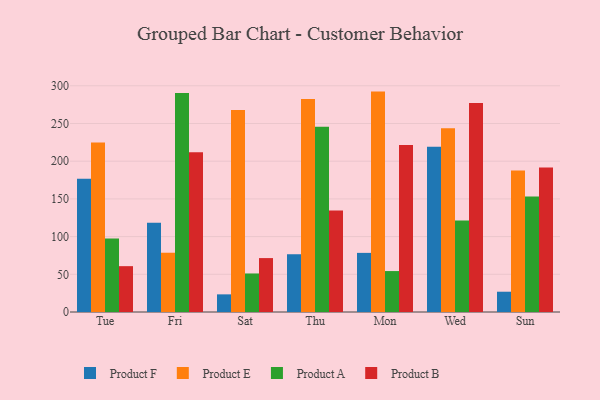
{"axis": {"x": "Day", "y": "Revenue (USD Million)"}, "legend": ["Product A", "Product B", "Product E", "Product F"], "data": [{"x": "Tue", "y": 176.6, "type": "Product F"}, {"x": "Tue", "y": 224.8, "type": "Product E"}, {"x": "Tue", "y": 97.6, "type": "Product A"}, {"x": "Tue", "y": 60.8, "type": "Product B"}, {"x": "Fri", "y": 118.4, "type": "Product F"}, {"x": "Fri", "y": 78.6, "type": "Product E"}, {"x": "Fri", "y": 290.5, "type": "Product A"}, {"x": "Fri", "y": 211.7, "type": "Product B"}, {"x": "Sat", "y": 23.4, "type": "Product F"}, {"x": "Sat", "y": 267.9, "type": "Product E"}, {"x": "Sat", "y": 51.1, "type": "Product A"}, {"x": "Sat", "y": 71.5, "type": "Product B"}, {"x": "Thu", "y": 76.6, "type": "Product F"}, {"x": "Thu", "y": 282.5, "type": "Product E"}, {"x": "Thu", "y": 245.6, "type": "Product A"}, {"x": "Thu", "y": 134.7, "type": "Product B"}, {"x": "Mon", "y": 78.4, "type": "Product F"}, {"x": "Mon", "y": 292.3, "type": "Product E"}, {"x": "Mon", "y": 54.3, "type": "Product A"}, {"x": "Mon", "y": 221.6, "type": "Product B"}, {"x": "Wed", "y": 219.1, "type": "Product F"}, {"x": "Wed", "y": 243.8, "type": "Product E"}, {"x": "Wed", "y": 121.3, "type": "Product A"}, {"x": "Wed", "y": 277.2, "type": "Product B"}, {"x": "Sun", "y": 26.9, "type": "Product F"}, {"x": "Sun", "y": 187.7, "type": "Product E"}, {"x": "Sun", "y": 153.3, "type": "Product A"}, {"x": "Sun", "y": 191.7, "type": "Product B"}]}